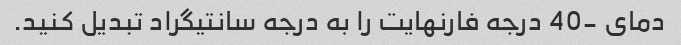
دمای -40 درجه فارنهایت را به درجه سانتیگراد تبدیل کنید.